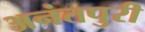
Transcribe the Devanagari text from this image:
अनंतपुरी